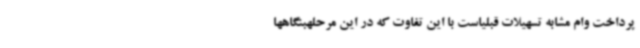
پرداخت وام مشابه تسهیلات قبلیاست با این تفاوت که در این مرحلهبنگاهها